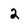
Character: 2